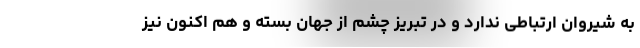
به شیروان ارتباطی ندارد و در تبریز چشم از جهان بسته و هم اکنون نیز